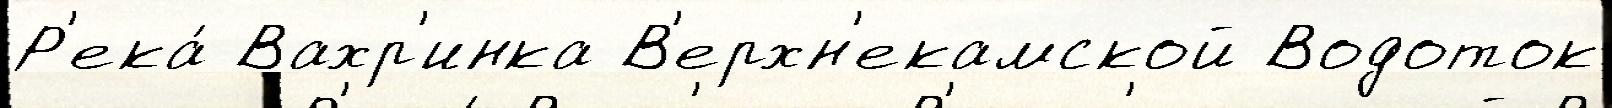
Р'ека́ Вахр'инка В'ерхн'екамской Водоток